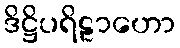
ဒိဋ္ဌိပရိဠာဟော